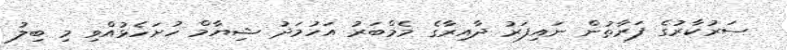
ސަރުކާރުގެ ފަރާތުން ނައިފަރު ދާއިރާގެ މެމްބަރު އަހުމަދު ޝިޔާމް ހުށަހެޅުއްވި މި ބިލު